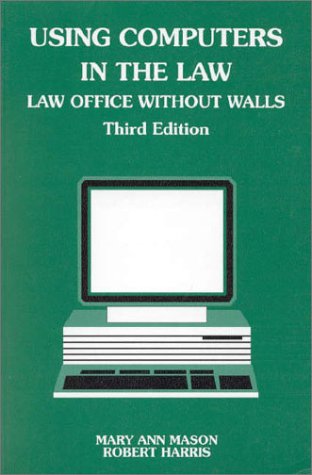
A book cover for Using Computers in the Law: Law Office Without Walls (American Casebooks); Mary A. Mason; Law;